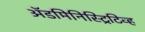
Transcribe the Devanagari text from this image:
अॅडमिनिस्ट्रिटिव्ह